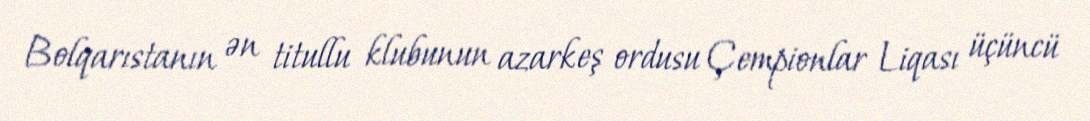
Bolqarıstanın ən titullu klubunun azarkeş ordusu Çempionlar Liqası üçüncü